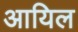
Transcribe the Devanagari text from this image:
आयिल